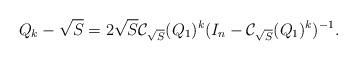
LaTeX: \begin{align*}{Q}_k-\sqrt{S}&=2\sqrt{S}\mathcal{C}_{\sqrt{S}}({Q}_1)^{k}(I_n-\mathcal{C}_{\sqrt{S}}({Q}_1)^{k})^{-1}.\end{align*}